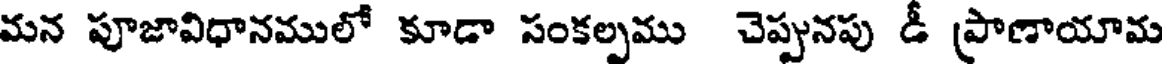
మన పూజావిధానములో కూడా సంకల్పము చెప్పునపు డీ ప్రాణాయామ